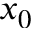
x _ { 0 }